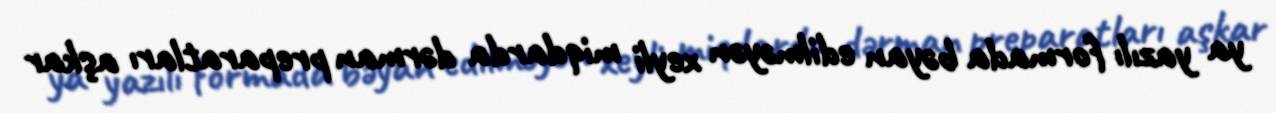
ya yazılı formada bəyan edilməyən xeyli miqdarda dərman preparatları aşkar